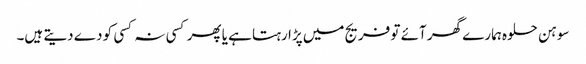
سوہن حلوہ ہمارے گھر آئے تو فریج میں پڑا رہتا ہے یا پھر کسی نہ کسی کو دے دیتے ہیں۔